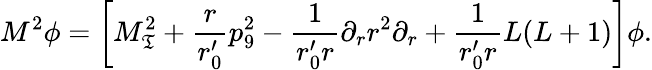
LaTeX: M^{2}\phi=\left[M_{\mathfrak{T}}^{2}+\frac{{r}}{{r_{0}^{\prime}}}p_{9}^{2}-\frac{{1}}{{r_{0}^{\prime}r}}\partial_{r}r^{2}\partial_{r}+\frac{{1}}{{r_{0}^{\prime}r}}L(L+1)\right]\phi.